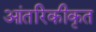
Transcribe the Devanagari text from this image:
आंतरिकीकृत